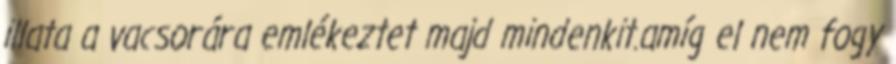
illata a vacsorára emlékeztet majd mindenkit.amíg el nem fogy